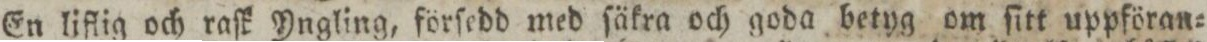
En liflig och raſk Yngling, förſedd med ſäkra och goda betyg om ſitt uppföran=